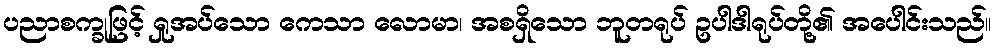
ပညာစက္ခုဖြင့် ရှုအပ်သော ကေသာ လောမာ၊ အစရှိသော ဘူတရုပ် ဥပါဒါရုပ်တို့၏ အပေါင်းသည်။